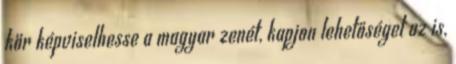
kör képviselhesse a magyar zenét, kapjon lehetőséget az is,